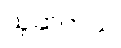
ယူဆတယ်